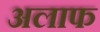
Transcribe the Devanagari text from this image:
अलाफ